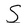
Character: S